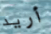
أريد